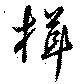
揖